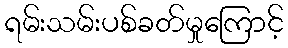
ရမ်းသမ်းပစ်ခတ်မှုကြောင့်